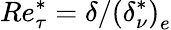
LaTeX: Re_{\tau}^{*}=\delta/\left(\delta_{\nu}^{*}\right)_{e}